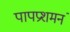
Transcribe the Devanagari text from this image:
पापप्रशमनं